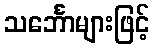
သင်္ဘောများဖြင့်